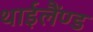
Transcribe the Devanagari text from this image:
थाईलैंण्ड